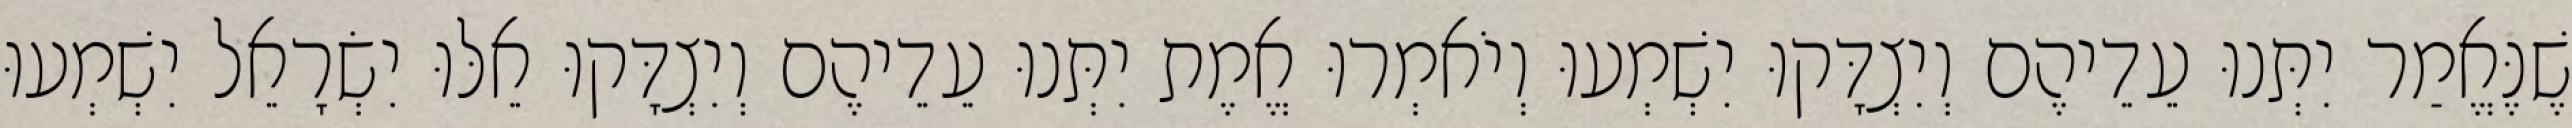
שֶׁנֶּאֱמַר יִתְּנוּ עֵדֵיהֶם וְיִצְדָּקוּ יִשְׁמְעוּ וְיֹאמְרוּ אֱמֶת יִתְּנוּ עֵדֵיהֶם וְיִצְדָּקוּ אֵלּוּ יִשְׂרָאֵל יִשְׁמְעוּ